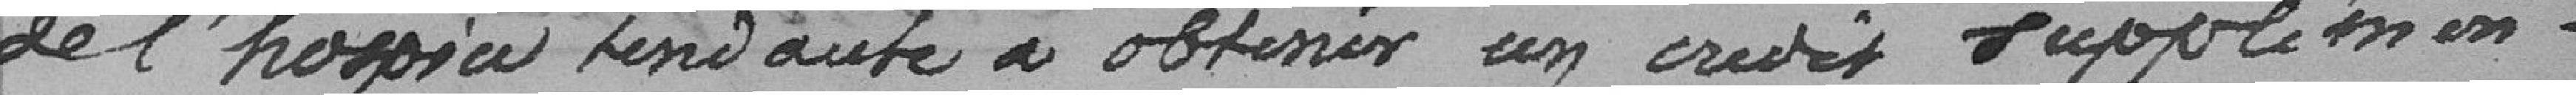
de l'hospice tenant à obtenir un crédit supplémentaire